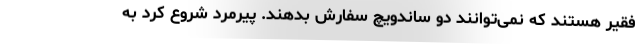
فقیر هستند که نمی‌توانند دو ساندویچ سفارش بدهند. پیرمرد شروع کرد به